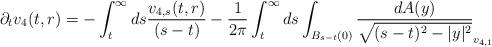
LaTeX: \begin{align*} \partial_{t}v_{4}(t,r) &= -\int_{t}^{\infty} ds \frac{v_{4,s}(t,r)}{(s-t)} -\frac{1}{2\pi} \int_{t}^{\infty} ds \int_{B_{s-t}(0)} \frac{dA(y)}{\sqrt{(s-t)^{2}-|y|^{2}}}_{v_{4,1}}\end{align*}